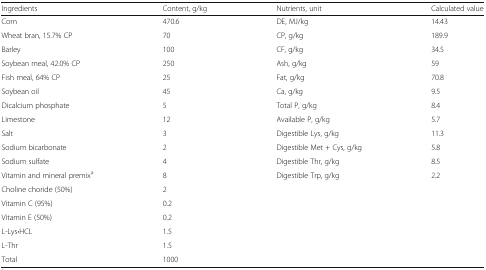
<table><thead><tr><td><b>Ingredients</b></td><td><b>Content, g/kg</b></td><td><b>Nutrients, unit</b></td><td><b>Calculated value</b></td></tr></thead><tbody><tr><td>Corn</td><td>470.6</td><td>DE, MJ/kg</td><td>14.43</td></tr><tr><td>Wheat bran, 15.7% CP</td><td>70</td><td>CP, g/kg</td><td>189.9</td></tr><tr><td>Barley</td><td>100</td><td>CF, g/kg</td><td>34.5</td></tr><tr><td>Soybean meal, 42.0% CP</td><td>250</td><td>Ash, g/kg</td><td>59</td></tr><tr><td>Fish meal, 64% CP</td><td>25</td><td>Fat, g/kg</td><td>70.8</td></tr><tr><td>Soybean oil</td><td>45</td><td>Ca, g/kg</td><td>9.5</td></tr><tr><td>Dicalcium phosphate</td><td>5</td><td>Total P, g/kg</td><td>8.4</td></tr><tr><td>Limestone</td><td>12</td><td>Available P, g/kg</td><td>5.7</td></tr><tr><td>Salt</td><td>3</td><td>Digestible Lys, g/kg</td><td>11.3</td></tr><tr><td>Sodium bicarbonate</td><td>2</td><td>Digestible Met + Cys, g/kg</td><td>5.8</td></tr><tr><td>Sodium sulfate</td><td>4</td><td>Digestible Thr, g/kg</td><td>8.5</td></tr><tr><td>Vitamin and mineral premix<sup>a</sup></td><td>8</td><td>Digestible Trp, g/kg</td><td>2.2</td></tr><tr><td>Choline choride (50%)</td><td>2</td><td></td><td></td></tr><tr><td>Vitamin C (95%)</td><td>0.2</td><td></td><td></td></tr><tr><td>Vitamin E (50%)</td><td>0.2</td><td></td><td></td></tr><tr><td>L-Lys<b>·</b>HCL</td><td>1.5</td><td></td><td></td></tr><tr><td>L-Thr</td><td>1.5</td><td></td><td></td></tr><tr><td>Total</td><td>1000</td><td></td><td></td></tr></tbody></table>